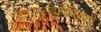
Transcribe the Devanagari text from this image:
उदारमतवादविरोधी